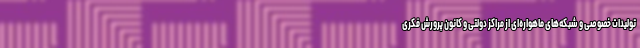
تولیدات خصوصی و شبکه‌های ماهواره‌ای از مراکز دولتی و کانون پرورش فکری